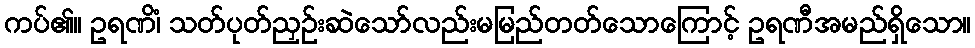
ကပ်၏။ ဥရဏိံ၊ သတ်ပုတ်ညှဉ်းဆဲသော်လည်းမမြည်တတ်သောကြောင့် ဥရဏီအမည်ရှိသော။